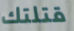
قتلتك